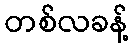
တစ်လခန့်